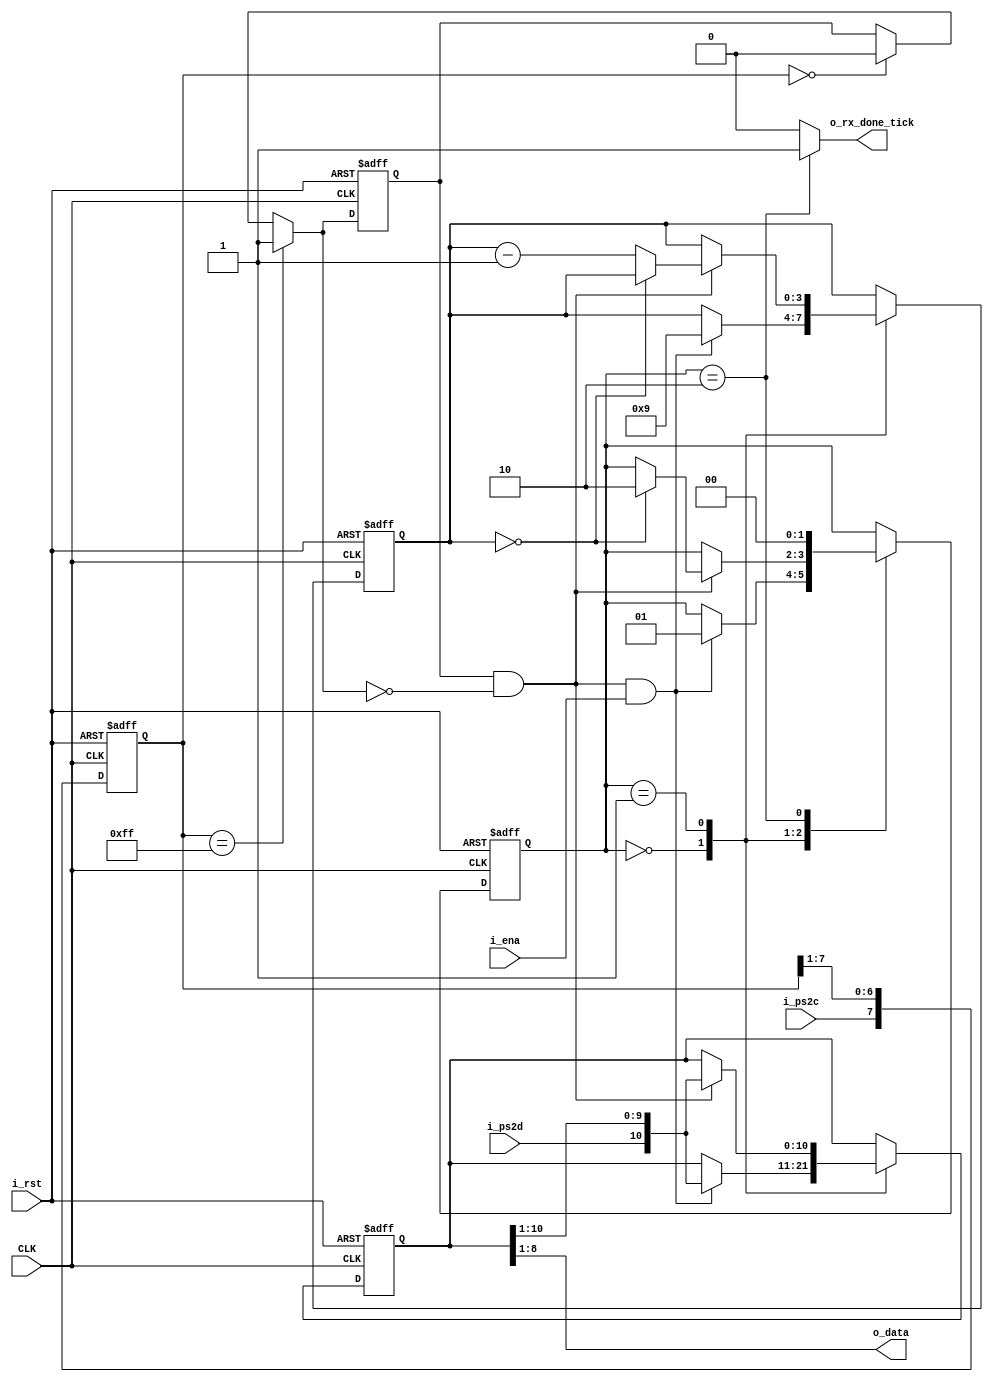
module ps2_rx(
    input wire CLK,
    input wire i_rst,
    input wire i_ps2d,
    input wire i_ps2c,
    input wire i_ena,
    output reg o_rx_done_tick,
    output wire [7:0] o_data
    );



    // 自动机状态编码
    localparam [1:0] idle = 2'b00;
    localparam [1:0] dps  = 2'b01;
    localparam [1:0] load = 2'b10;



    // 信号声明
    reg [1:0] state_reg;    // 状态机
    reg [1:0] state_next;

    reg [7:0] filter_reg;   // 波形窗口
    wire [7:0] filter_next;

    reg f_ps2c_reg;         // 从机时钟状态
    wire f_ps2c_next;

    reg [3:0] cnt_reg;      // 计数器
    reg [3:0] cnt_next;

    reg [10:0] data_reg;    // 接收数据
    reg [10:0] data_next;

    wire is_fall;           // 从机时钟是否为下降沿



    // 下降沿检测
    always @ (posedge CLK or posedge i_rst)
    begin
        if(i_rst)
        begin
            filter_reg <= 0;
            f_ps2c_reg <= 0;
        end
        else
        begin
            filter_reg <= filter_next;
            f_ps2c_reg <= f_ps2c_next;
        end
    end

    assign filter_next = {i_ps2c, filter_reg[7:1]};
    assign f_ps2c_next = (filter_reg == 8'b1111_1111) ? 1'b1 :
                         (filter_reg == 7'b0000_0000) ? 1'b0 :
                         f_ps2c_reg;
    assign is_fall = f_ps2c_reg & ~f_ps2c_next;



    // 状态机实现
        // 状态转移
    always @ (posedge CLK, posedge i_rst)
    begin
        if(i_rst)
        begin
            state_reg <= idle;
            cnt_reg <= 0;
            data_reg <= 0;
        end
        else
        begin
            state_reg <= state_next;
            cnt_reg <= cnt_next;
            data_reg <= data_next;
        end
    end

        // 次态逻辑
    always @ *
    begin
        state_next = state_reg;
        o_rx_done_tick = 1'b0;
        cnt_next = cnt_reg;
        data_next = data_reg;
        case(state_reg)
            idle:   // 等待开始下降沿信号
            begin
                if(is_fall && i_ena)
                begin
                    data_next = {i_ps2d, data_reg[10:1]};
                    cnt_next = 4'b1001;
                    state_next = dps;
                end
            end
            dps:    // 8位数据 + 1位校验位
            begin
                if(is_fall)
                begin
                    data_next = {i_ps2d, data_reg[10:1]};   // 先收到的数据在高位
                    if(cnt_reg == 0) state_next = load;
                    else cnt_next = cnt_next - 1;
                end
            end
            load:   // 等待结束位
            begin
                state_next = idle;
                o_rx_done_tick = 1'b1;
            end
        endcase
    end


    
    // 输出
    assign o_data = data_reg[8:1];

endmodule